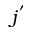
j ^ { ' }